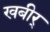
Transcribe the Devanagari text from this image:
खबीर्